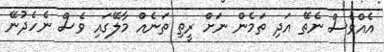
އެއްވެސް ނެތޭ އަދި ތަމެން ނަށް ރީތި ތަނެއް މާލޭގައި ވެސް ނެހެދުނޭ